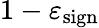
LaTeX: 1-\varepsilon_{\mathrm{sign}}